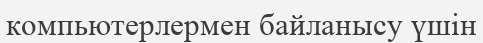
компьютерлермен байланысу үшін